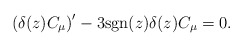
\begin{align*}\left ( \delta(z) C_\mu \right )' - 3 {\rm sgn}(z) \delta(z) C_\mu =0.\end{align*}